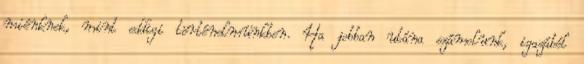
miénknek, mint eddigi történelmünkben. Ha jobban utána számolunk, igazából